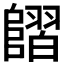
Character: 𨻿